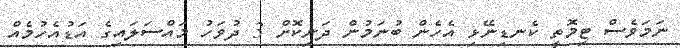
ނަމަވެސް ޓިމޮތީ ކެނޑިނޭޅި އެހެން ބުނަމުން ދަނިކޮށް 3 ދުވަހު މައްސަލައިގެ އަޑުއެހުމެއް